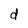
Character: d